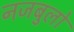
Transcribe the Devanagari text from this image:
नजबुलो